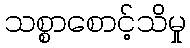
သစ္စာစောင့်သိမှု